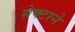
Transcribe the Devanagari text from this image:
सेक्टरने